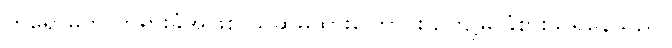
ဟိရောမိကို တရားခံအဖြစ် ယူဆမထားကြောင်း ဥကျုမိ ခံစားသိရှိနေသည်။